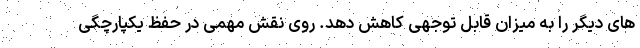
های دیگر را به میزان قابل توجهی کاهش دهد. روی نقش مهمی در حفظ یکپارچگی